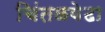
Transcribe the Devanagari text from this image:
चिंतळवेढा